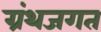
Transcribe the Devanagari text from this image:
ग्रंथजगत